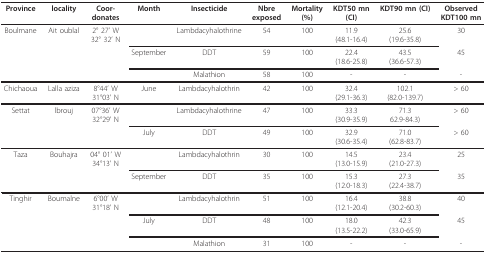
<table><thead><tr><td><b>Province</b></td><td><b>locality</b></td><td><b>Coor-donates</b></td><td><b>Month</b></td><td><b>Insecticide</b></td><td><b>Nbreexposed</b></td><td><b>Mortality(%)</b></td><td><b>KDT50 mn(CI)</b></td><td><b>KDT90 mn (CI)</b></td><td><b>ObservedKDT100 mn</b></td></tr></thead><tbody><tr><td>Boulmane</td><td>Ait oublal</td><td>2° 27&#x27; W32° 32&#x27; N</td><td></td><td>Lambdacyhalothrine</td><td>54</td><td>100</td><td>11.9(48.1-16.4)</td><td>25.6(19.6-35.8)</td><td>30</td></tr><tr><td></td><td></td><td></td><td>September</td><td>DDT</td><td>59</td><td>100</td><td>22.4(18.6-25.8)</td><td>43.5(36.6-57.3)</td><td>45</td></tr><tr><td></td><td></td><td></td><td></td><td>Malathion</td><td>58</td><td>100</td><td>-</td><td>-</td><td>-</td></tr><tr><td>Chichaoua</td><td>Lalla aziza</td><td>8°44&#x27; W31°03&#x27; N</td><td>June</td><td>Lambdacyhalothrin</td><td>42</td><td>100</td><td>32.4(29.1-36.3)</td><td>102.1(82.0-139.7)</td><td>&gt; 60</td></tr><tr><td>Settat</td><td>lbrouj</td><td>07°36&#x27; W32°29&#x27; N</td><td></td><td>Lambdacyhalothrine</td><td>47</td><td>100</td><td>33.3(30.9-35.9)</td><td>71.362.9-84.3)</td><td>&gt; 60</td></tr><tr><td></td><td></td><td></td><td>July</td><td>DDT</td><td>49</td><td>100</td><td>32.9(30.6-35.4)</td><td>71.0(62.8-83.7)</td><td>&gt; 60</td></tr><tr><td>Taza</td><td>Bouhajra</td><td>04° 01&#x27; W34°13&#x27; N</td><td></td><td>Lambdacyhalothrin</td><td>30</td><td>100</td><td>14.5(13.0-15.9)</td><td>23.4(21.0-27.3)</td><td>25</td></tr><tr><td></td><td></td><td></td><td>September</td><td>DDT</td><td>35</td><td>100</td><td>15.3(12.0-18.3)</td><td>27.3(22.4-38.7)</td><td>35</td></tr><tr><td>Tinghir</td><td>Boumalne</td><td>6°00&#x27; W31°18&#x27; N</td><td></td><td>Lambdacyhalothrin</td><td>51</td><td>100</td><td>16.4(12.1-20.4)</td><td>38.8(30.2-60.3)</td><td>40</td></tr><tr><td></td><td></td><td></td><td>July</td><td>DDT</td><td>48</td><td>100</td><td>18.0(13.5-22.2)</td><td>42.3(33.0-65.9)</td><td>45</td></tr><tr><td></td><td></td><td></td><td></td><td>Malathion</td><td>31</td><td>100</td><td>-</td><td>-</td><td>-</td></tr></tbody></table>